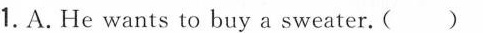
1.A. He wants to buy a sweater.( )